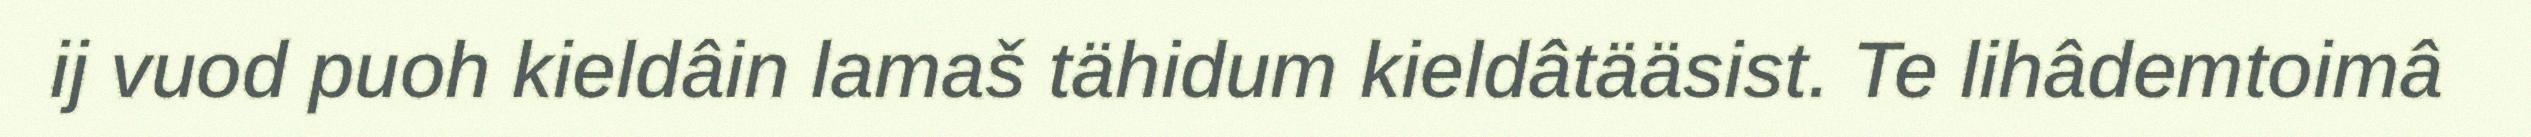
ij vuod puoh kieldâin lamaš tähidum kieldâtääsist. Te lihâdemtoimâ